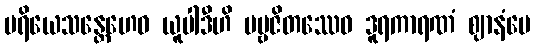
ပရိယေသန္တေဟေဝ ယူပါဒီဟိ ပဗ္ဗဇိတဿေဝ ဒူရကာရဏံ ဈာနံပေ